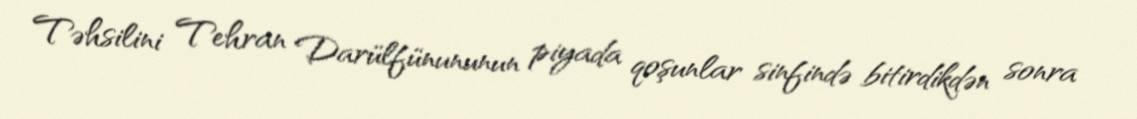
Təhsilini Tehran Darülfünununun piyada qoşunlar sinfində bitirdikdən sonra